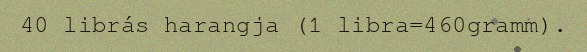
40 librás harangja (1 libra=460gramm).